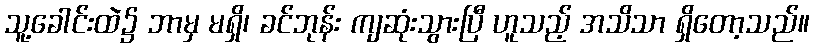
သူ့ခေါင်းထဲ၌ ဘာမှ မရှိ၊ ခင်ဘုန်း ကျဆုံးသွားပြီ ဟူသည့် အသိသာ ရှိတော့သည်။